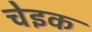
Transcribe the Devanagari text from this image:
चेइक